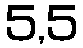
5,5